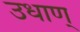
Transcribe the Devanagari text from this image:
उधाण्